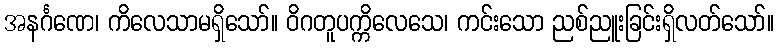
အနင်္ဂဏေ၊ ကိလေသာမရှိသော်။ ဝိဂတူပက္ကိလေသေ၊ ကင်းသော ညစ်ညူးခြင်းရှိလတ်သော်။